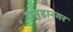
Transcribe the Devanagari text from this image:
यमहानगर